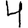
Digit: 4